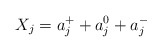
\begin{align*}X_j=a^{+}_j+a^{0}_j+a^{-}_j\end{align*}